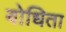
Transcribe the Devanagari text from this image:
बोधिता